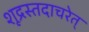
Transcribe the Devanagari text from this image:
शूद्रस्तदाचरेत्